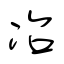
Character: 冶